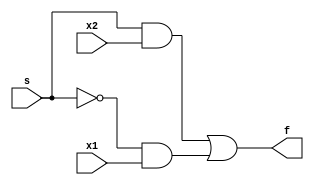
module mux_2_1 (
input x1 ,
input x2 ,
input s,
output f
);
assign f = (s & x2) | ((~ s) & x1);
endmodule
module mux_2_1_ternary
(
input x1 ,
input x2 ,
input s,
output f
);
assign f = s==1 ? x2 : x1;
endmodule
module b1_mux_2_1_if
(
input x1 ,
input x2 ,
input s,
output reg f
);
always@ (*)
begin
if(s ==1)
f = x2;
else if (s ==0)
f = x1;
end
endmodule
module b1_mux_2_1_case (
input x1 ,
input x2 ,
input s,
output reg f
);
always@ (*)
begin
case (s)
0: f = x1;
1: f = x2;
endcase
end
endmodule